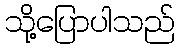
သို့ပြောပါသည်